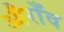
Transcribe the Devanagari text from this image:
औराँव